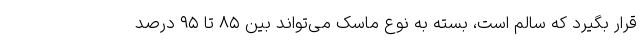
قرار بگیرد که سالم است، بسته به نوع ماسک می‌تواند بین ۸۵ تا ۹۵ درصد